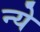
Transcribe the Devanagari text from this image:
न्‍ये